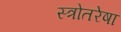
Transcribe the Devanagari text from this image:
स्त्रोतरेषा